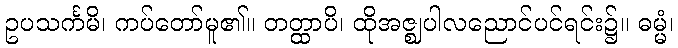
ဥပသင်္ကမိ၊ ကပ်တော်မူ၏။ တတ္ထာပိ၊ ထိုအဇ္ဈပါလညောင်ပင်ရင်း၌။ ဓမ္မံ၊